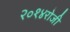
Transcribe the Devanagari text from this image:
२०१४रोजी